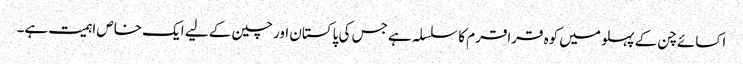
اکسائے چن کے پہلو میں کوہ قراقرم کا سلسلہ ہے جس کی پاکستان اور چین کے لیے ایک خاص اہمیت ہے۔